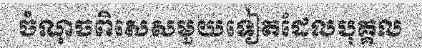
ចំណុចពិសេសមួយទៀតដែលបុគ្គល